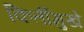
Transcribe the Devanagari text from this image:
किर्तीमुखे